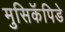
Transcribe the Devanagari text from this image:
मुसिकॅपिडे